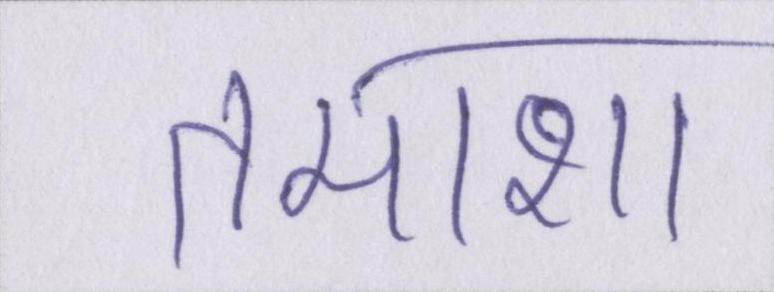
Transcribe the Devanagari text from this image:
तमाशा